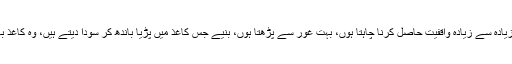
ہر موضوع پر زیادہ سے زیادہ واقفیت حاصل کرنا چاہتا ہوں، بہت غور سے پڑھتا ہوں، بنیے جس کاغذ میں پڑیا باندھ کر سودا دیتے ہیں، وہ کاغذ بھی پڑھ لیتا ہوں۔